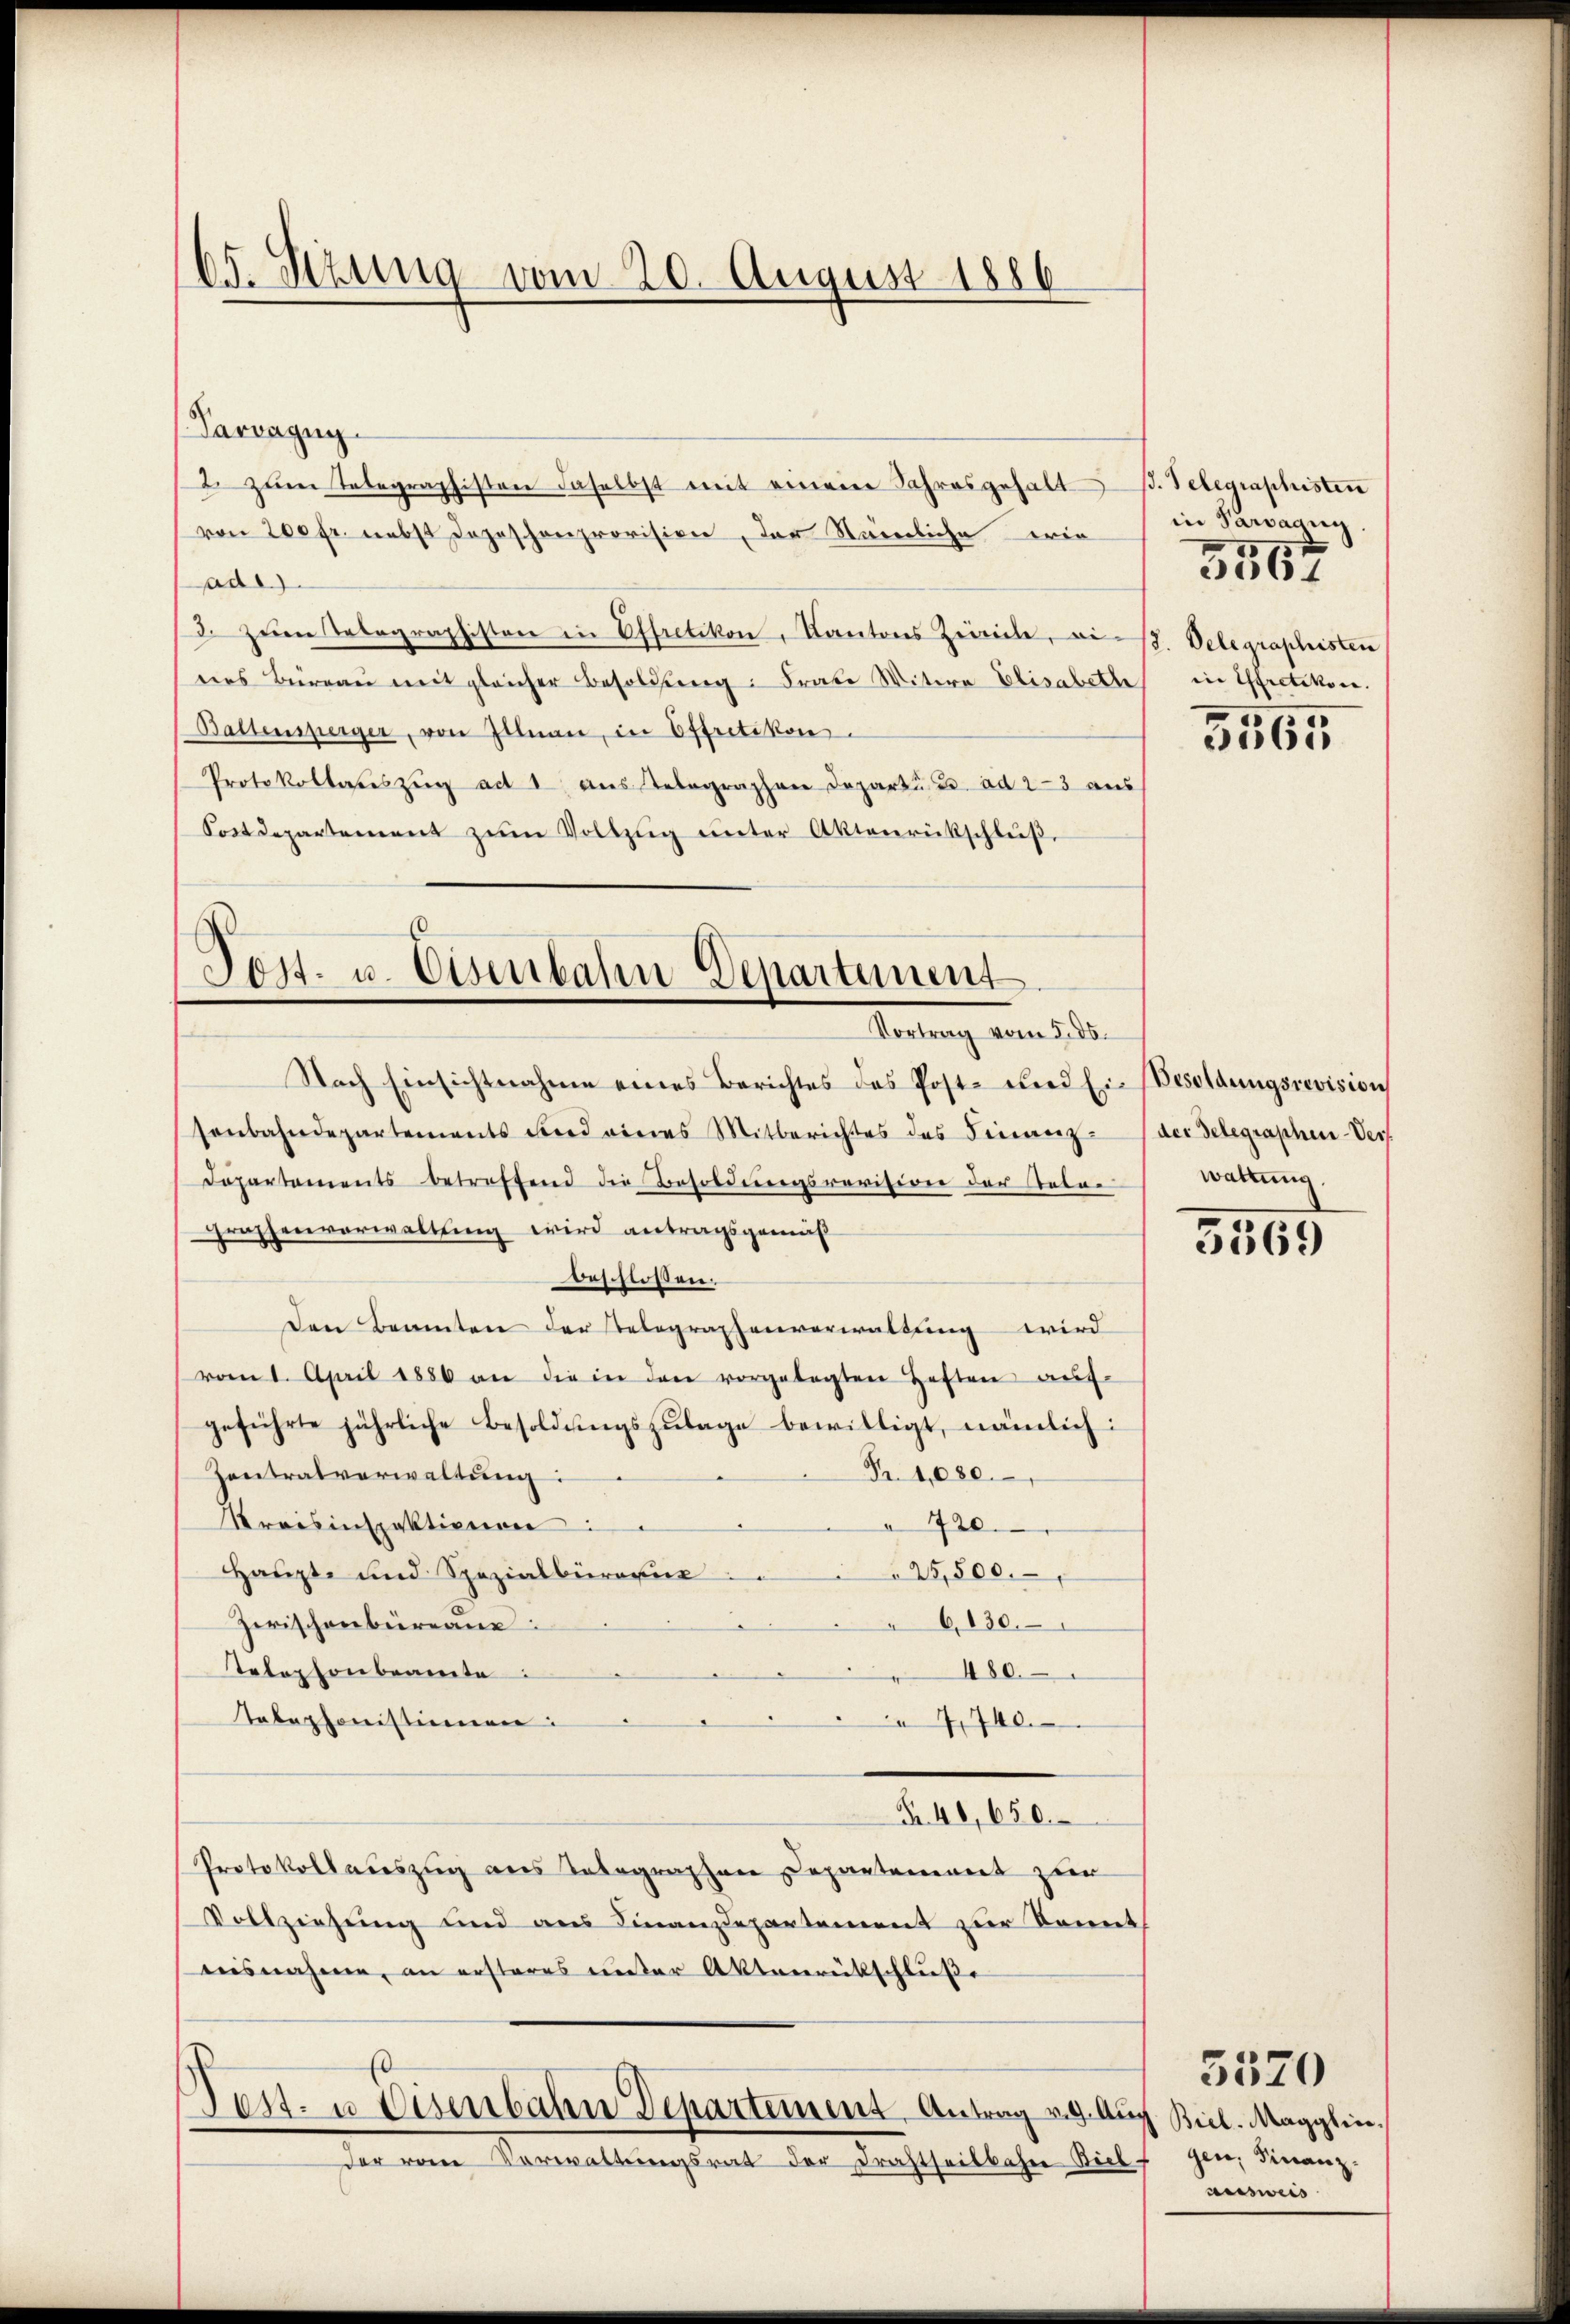
65. Sizung vom 20. August 1886

Parvagug.
2. zŭm Telegraphisten daselbst mit einem Jahresgehalt B. Telegraphisten
von 200 fr. nebst Dojeschenprovision, der Stämmliche wie
ade.
3. zŭm Telegraphisten in Effretikon, Kantons Zivile, ai B. Delegraphisten
des Büreau mit gleicher Besoldung: Frau Witwe Elisabette in Effretikon.
Baltensperger, von Illnau, in Offretikon.
Protokollariszŭg ad 1, aus Telegraphen Departie ad 2-3 aŭs
Sostdepartement zŭm Vollzŭg ŭnter Aktenrückschlŭβ

Post- u. Eisenbahn-Departement
Geltung vom 5. 12.

Nach Einsichtnahme eines Berichtes des Post- und Ein Besoldungsrevision
senbahndepartements und eines Mitberichtes des Finanz-
Dapartements betreffend die Besoldungsrevision der Tabar
graphenverwaltung wird antragsgemeß
Beschlossen.
Den Beamten der Telegraphenverwaltung wird
vom 1. April 1886 an die in den vorgelegten Heften auf-
geführte jährliche Besoldungszulage bewilligt, nämlich:
Zentralverwaltung:
Fr. 1080.
Kreisinspektionen:
720.
Haupte und Spezialbürarie
25,500.
Zwischenbüreaue:
6130.
Telephonbeamte
480
Telephonistinnen
7740.
40,650.
Protokollauszug aus Telegraphen Departement zur
Vollziehung und aus Finanzdepartement zur konnt
aeisnahme, an ersteres unter Aktenrückschluße
Pest. u Disenbahn Departement Antrag v. d. Auch Biel. Magglin,
der von Verwaltungsrat der Drahtheilbahne Biel gen. Finanz-

in Paragun
.

3567

65

der Telegraphen-Vers.
waltung.

5569

ausweis

5520